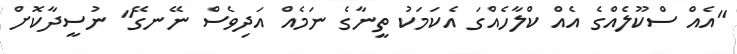
"އެއް ސްކޫލެއްގެ އެއް ކްލާހެއްގަ އެކަމަކު ތީނާގެ ނަމެއް އަދިވެސް ނޭނގޭ" ނުސީދާކޮށް